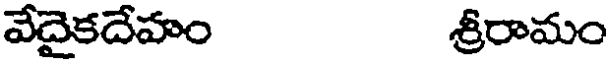
వేదైకదేహం శ్రీరామం